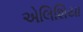
એલિશિયા